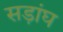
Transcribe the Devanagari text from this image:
सड़ांघ